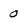
Character: 0